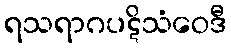
ရသရာဂပဋိသံဝေဒီ